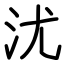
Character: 沋